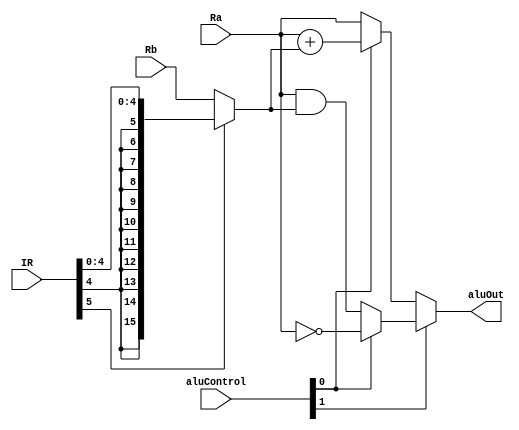
`timescale 1ns / 1ps
//////////////////////////////////////////////////////////////////////////////////
// Company: 
// Engineer: 
// 
// Design Name: 
// Module Name:    ALU 
// Project Name: 
// Target Devices: 
// Tool versions: 
// Description: 
//
// Dependencies: 
//
// Revision: 
// Revision 0.01 - File Created
// Additional Comments: 
//
//////////////////////////////////////////////////////////////////////////////////
module ALU(aluOut, aluControl, IR, Ra, Rb);
	output [15:0] aluOut;
	input [1:0] aluControl;
	input [5:0] IR;
	input [15:0] Ra, Rb;
	
	//aluControl 00: Pass A 01: Add A + B
	//				 10: And A * B  11: Not A
	
	wire [15:0] B;
	//SR2MUX
	assign B = IR[5] ? {{11{IR[4]}},IR[4:0]} : Rb;
	
	assign aluOut = aluControl[1] ? (aluControl[0] ? ~Ra : (Ra & B))
							: (aluControl[0] ? (Ra + B) : Ra);


endmodule